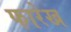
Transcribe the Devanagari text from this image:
फारेख